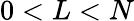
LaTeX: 0<L<N